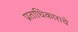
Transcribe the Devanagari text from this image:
प्रताधिकाराचे